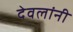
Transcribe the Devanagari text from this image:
देवलांनी